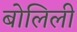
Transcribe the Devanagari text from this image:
बोलिली